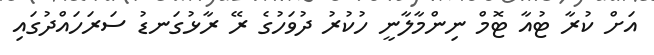
އަށް ކުރާ ޓުއާ ޓޮމް ނިންމާލާނީ ހުކުރު ދުވަހުގެ ރޭ ރާޅުގަނޑު ސަރަހައްދުގައި